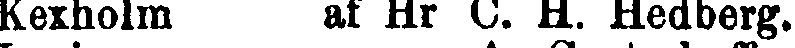
Kexholm af Hr C. H. Hedberg.